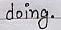
doing.